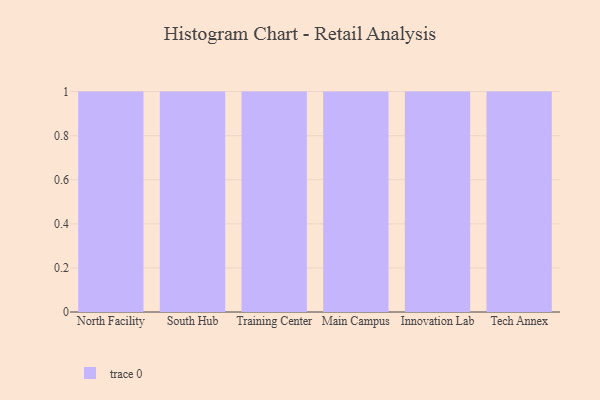
{"axis": {"x": "Campus", "y": "Inventory Turnover"}, "legend": [""], "data": [{"x": "North Facility", "y": 82, "type": ""}, {"x": "South Hub", "y": 89, "type": ""}, {"x": "Training Center", "y": 51, "type": ""}, {"x": "Main Campus", "y": 69, "type": ""}, {"x": "Innovation Lab", "y": 87, "type": ""}, {"x": "Tech Annex", "y": 99, "type": ""}]}